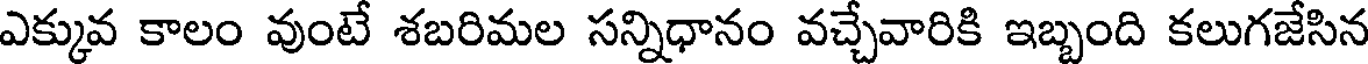
ఎక్కువ కాలం వుంటే శబరిమల సన్నిధానం వచ్చేవారికి ఇబ్బంది కలుగజేసిన